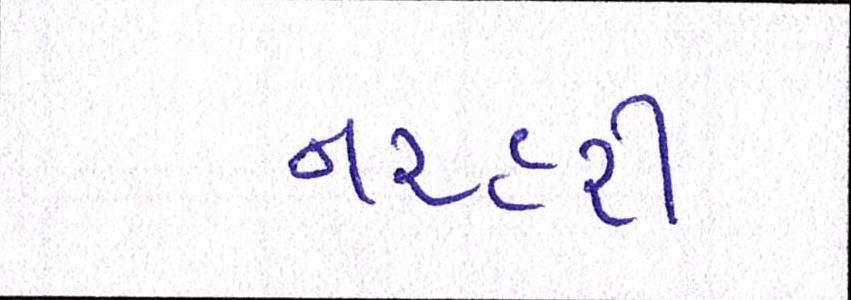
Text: નરહરી